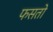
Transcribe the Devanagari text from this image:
फसतो